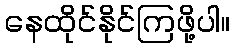
နေထိုင်နိုင်ကြဖို့ပါ။